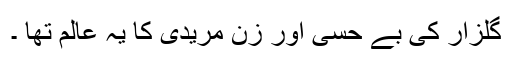
گلزار کی بے حسی اور زن مریدی کا یہ عالم تھا ۔